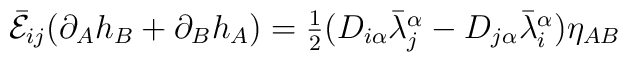
\bar{\cal E}_{ij}(\partial_{A}h_{B}+\partial_{B}h_{A})=\textstyle{\frac{1}{2}}(D_{i\alpha}\bar{\lambda}^{\alpha}_{j}-D_{j\alpha}\bar{\lambda}^{\alpha}_{i})\eta_{AB}